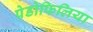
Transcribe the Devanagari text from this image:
पेडोफिलिया